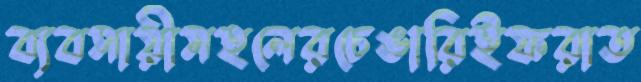
ব্যবসায়ীমহলেরচেঙারিইফরাত